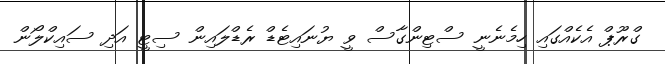
ގްރޫޕް އެކެއްގައި ހިމެނެނީ ސްޓިންގާސް ވީ ޔުނައިޓެޑް ރެޑްލައިން ސިޓީ އަދި ސައިކްލޯން